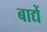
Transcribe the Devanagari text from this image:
बाद्यें